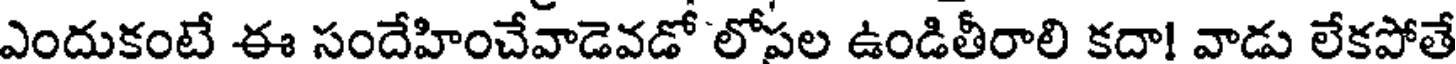
ఎందుకంటే ఈ సందేహించేవాడెవడో లోపల ఉండితీరాలి కదా! వాడు లేకపోతే